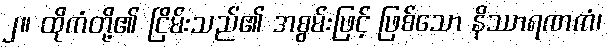
၂။ ထိုကံတို့၏ ငြိမ်းသည်၏ အစွမ်းဖြင့် ဖြစ်သော နိဿာရဏကံ၊